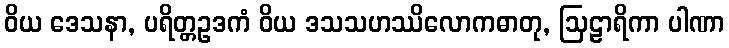
ဝိယ ဒေသနာ, ပရိတ္တဥဒကံ ဝိယ ဒသသဟဿိလောကဓာတု, ဩဠာရိကာ ပါဏာ